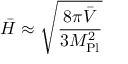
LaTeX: \bar { H } \approx \sqrt { \frac { 8 \pi \bar { V } } { 3 M _ { \mathrm { P l } } ^ { 2 } } }